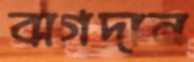
বাগদান